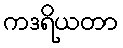
ကဒရိယတာ